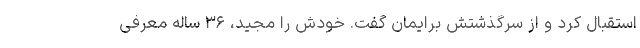
استقبال کرد و از سرگذشتش برایمان گفت. خودش را مجید، ۳۶ ساله معرفی